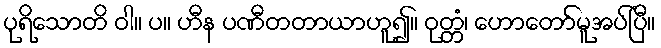
ပုရိသောတိ ဝါ။ ပ။ ဟီန ပဏီတတာယာဟူ၍။ ဝုတ္တံ၊ ဟောတော်မူအပ်ပြီ။